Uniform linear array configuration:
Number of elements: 16
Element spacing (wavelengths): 1
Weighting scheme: blackman
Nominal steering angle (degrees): -60
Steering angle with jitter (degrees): -59.755
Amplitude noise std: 0.05
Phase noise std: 0.05

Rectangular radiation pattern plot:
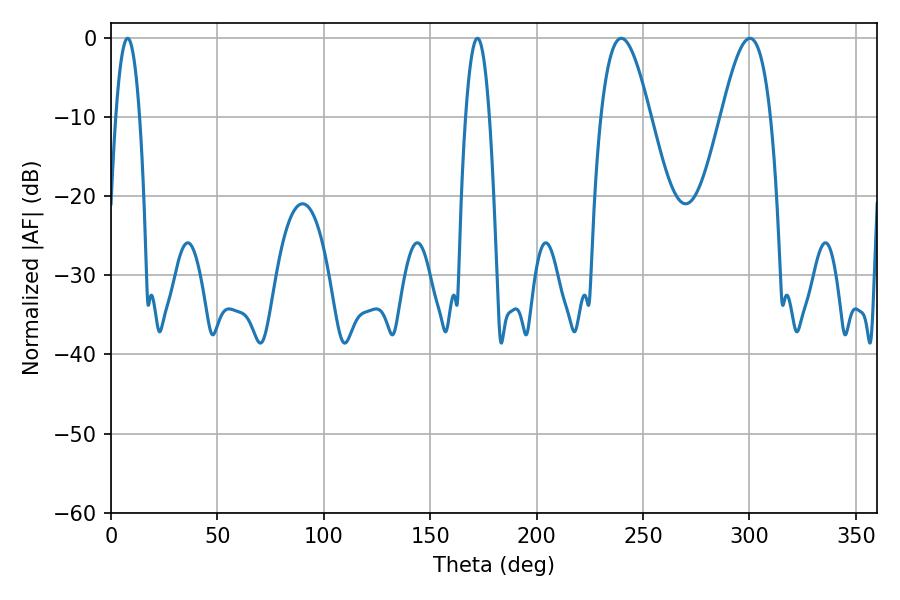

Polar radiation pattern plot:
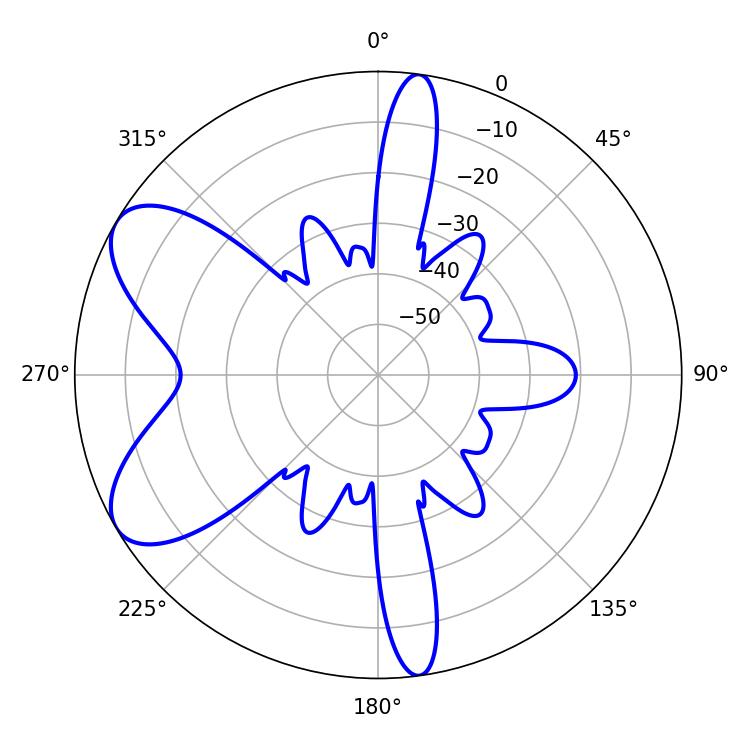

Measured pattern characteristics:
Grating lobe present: TRUE
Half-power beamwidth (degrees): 12.42
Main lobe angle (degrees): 239.76